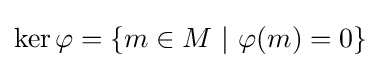
\ker \varphi =\{m\in M\ |\ \varphi (m)=0\}